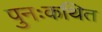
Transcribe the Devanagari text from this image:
पुनःकथित